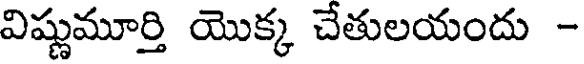
విష్ణుమూర్తి యొక్క చేతులయందు -